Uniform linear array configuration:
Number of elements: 8
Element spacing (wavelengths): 0.5
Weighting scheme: binomial
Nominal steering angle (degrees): -60
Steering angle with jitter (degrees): -61.731
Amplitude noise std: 0.05
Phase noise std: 0.05

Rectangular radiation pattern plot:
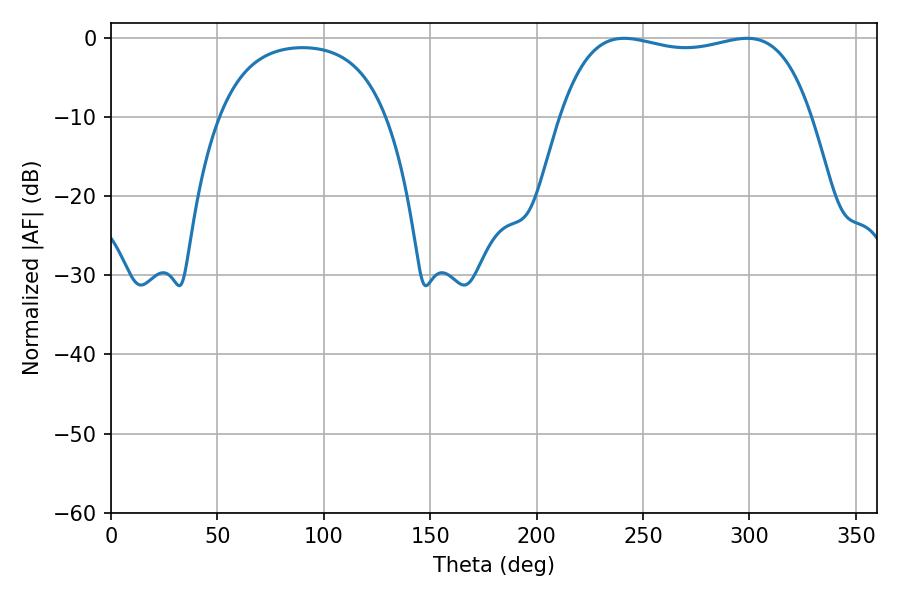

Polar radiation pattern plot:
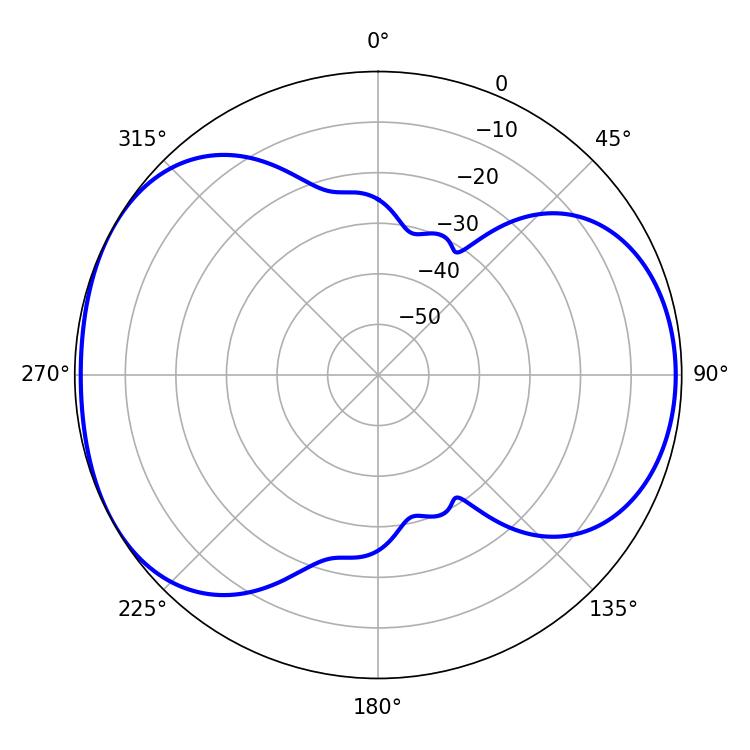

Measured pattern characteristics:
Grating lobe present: FALSE
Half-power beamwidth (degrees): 94.68
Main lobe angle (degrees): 298.8